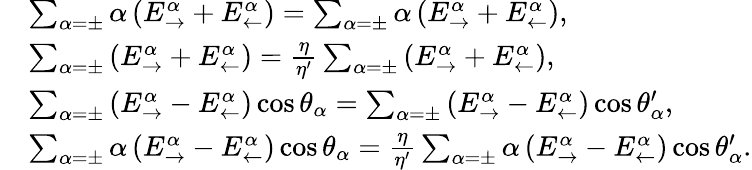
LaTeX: \begin{array}{rl}&{\sum_{\alpha=\pm}\alpha\left(E_{\rightarrow}^{\alpha}+E_{\leftarrow}^{\alpha}\right)=\sum_{\alpha=\pm}\alpha\left(E_{\rightarrow}^{\alpha}+E_{\leftarrow}^{\alpha}\right),}\\ &{\sum_{\alpha=\pm}\left(E_{\rightarrow}^{\alpha}+E_{\leftarrow}^{\alpha}\right)=\frac{\eta}{\eta^{\prime}}\sum_{\alpha=\pm}\left(E_{\rightarrow}^{\alpha}+E_{\leftarrow}^{\alpha}\right),}\\ &{\sum_{\alpha=\pm}\left(E_{\rightarrow}^{\alpha}-E_{\leftarrow}^{\alpha}\right)\cos\theta_{\alpha}=\sum_{\alpha=\pm}\left(E_{\rightarrow}^{\alpha}-E_{\leftarrow}^{\alpha}\right)\cos\theta_{\alpha}^{\prime},}\\ &{\sum_{\alpha=\pm}\alpha\left(E_{\rightarrow}^{\alpha}-E_{\leftarrow}^{\alpha}\right)\cos\theta_{\alpha}=\frac{\eta}{\eta^{\prime}}\sum_{\alpha=\pm}\alpha\left(E_{\rightarrow}^{\alpha}-E_{\leftarrow}^{\alpha}\right)\cos\theta_{\alpha}^{\prime}.}\end{array}